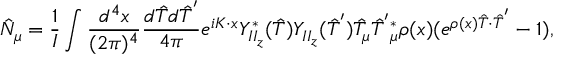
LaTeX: \hat { N } _ { \mu } = \frac { 1 } { \cal { I } } \int \frac { d ^ { 4 } x } { ( 2 \pi ) ^ { 4 } } \frac { d \hat { T } d \hat { T } ^ { ' } } { 4 \pi } e ^ { i K \cdot x } Y _ { I I _ { z } } ^ { * } ( \hat { T } ) Y _ { I I _ { z } } ( \hat { T } ^ { ' } ) \hat { T } _ { \mu } \hat { T } ^ { ' } { } _ { \mu } ^ { * } \rho ( x ) ( e ^ { \rho ( x ) \hat { T } \cdot \hat { T } ^ { ' } } - 1 ) ,